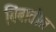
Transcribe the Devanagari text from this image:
बिंबातील